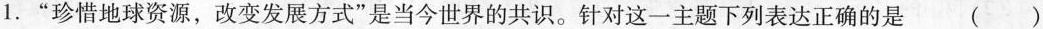
1.“珍惜地球资源，改变发展方式”是当今世界的共识。针对这一主题下列表达正确的是（）